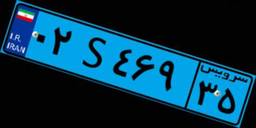
۰۲S۴۶۹۳۵